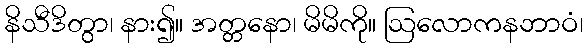
နိသီဒိတွာ၊ နား၍။ အတ္တနော၊ မိမိကို။ ဩလောကနဘာဝံ၊